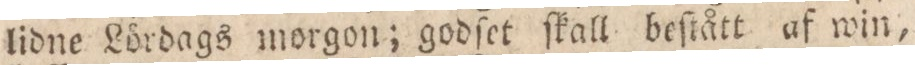
lidne Lördags morgon; godſet ſkall beſtått af win,